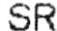
SR